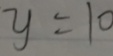
y = 1 0